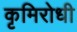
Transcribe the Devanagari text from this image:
कृमिरोधी